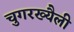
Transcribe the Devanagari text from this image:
चुगरख्यैली